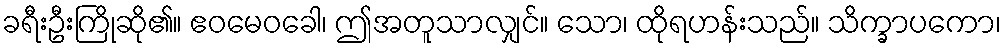
ခရီးဦးကြိုဆို၏။ ဧဝမေဝခေါ၊ ဤအတူသာလျှင်။ သော၊ ထိုရဟန်းသည်။ သိက္ခာပကော၊